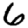
Digit: 6